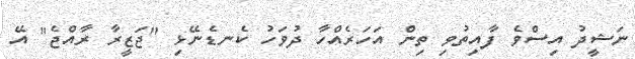
ނަޝީދު އިސްވެ ފާއިތުވި ތިން އަހަރެއްހާ ދުވަހު ކެނޑެނޭޅި "ޖަޒީރާ ރާއްޖެ" އޭ